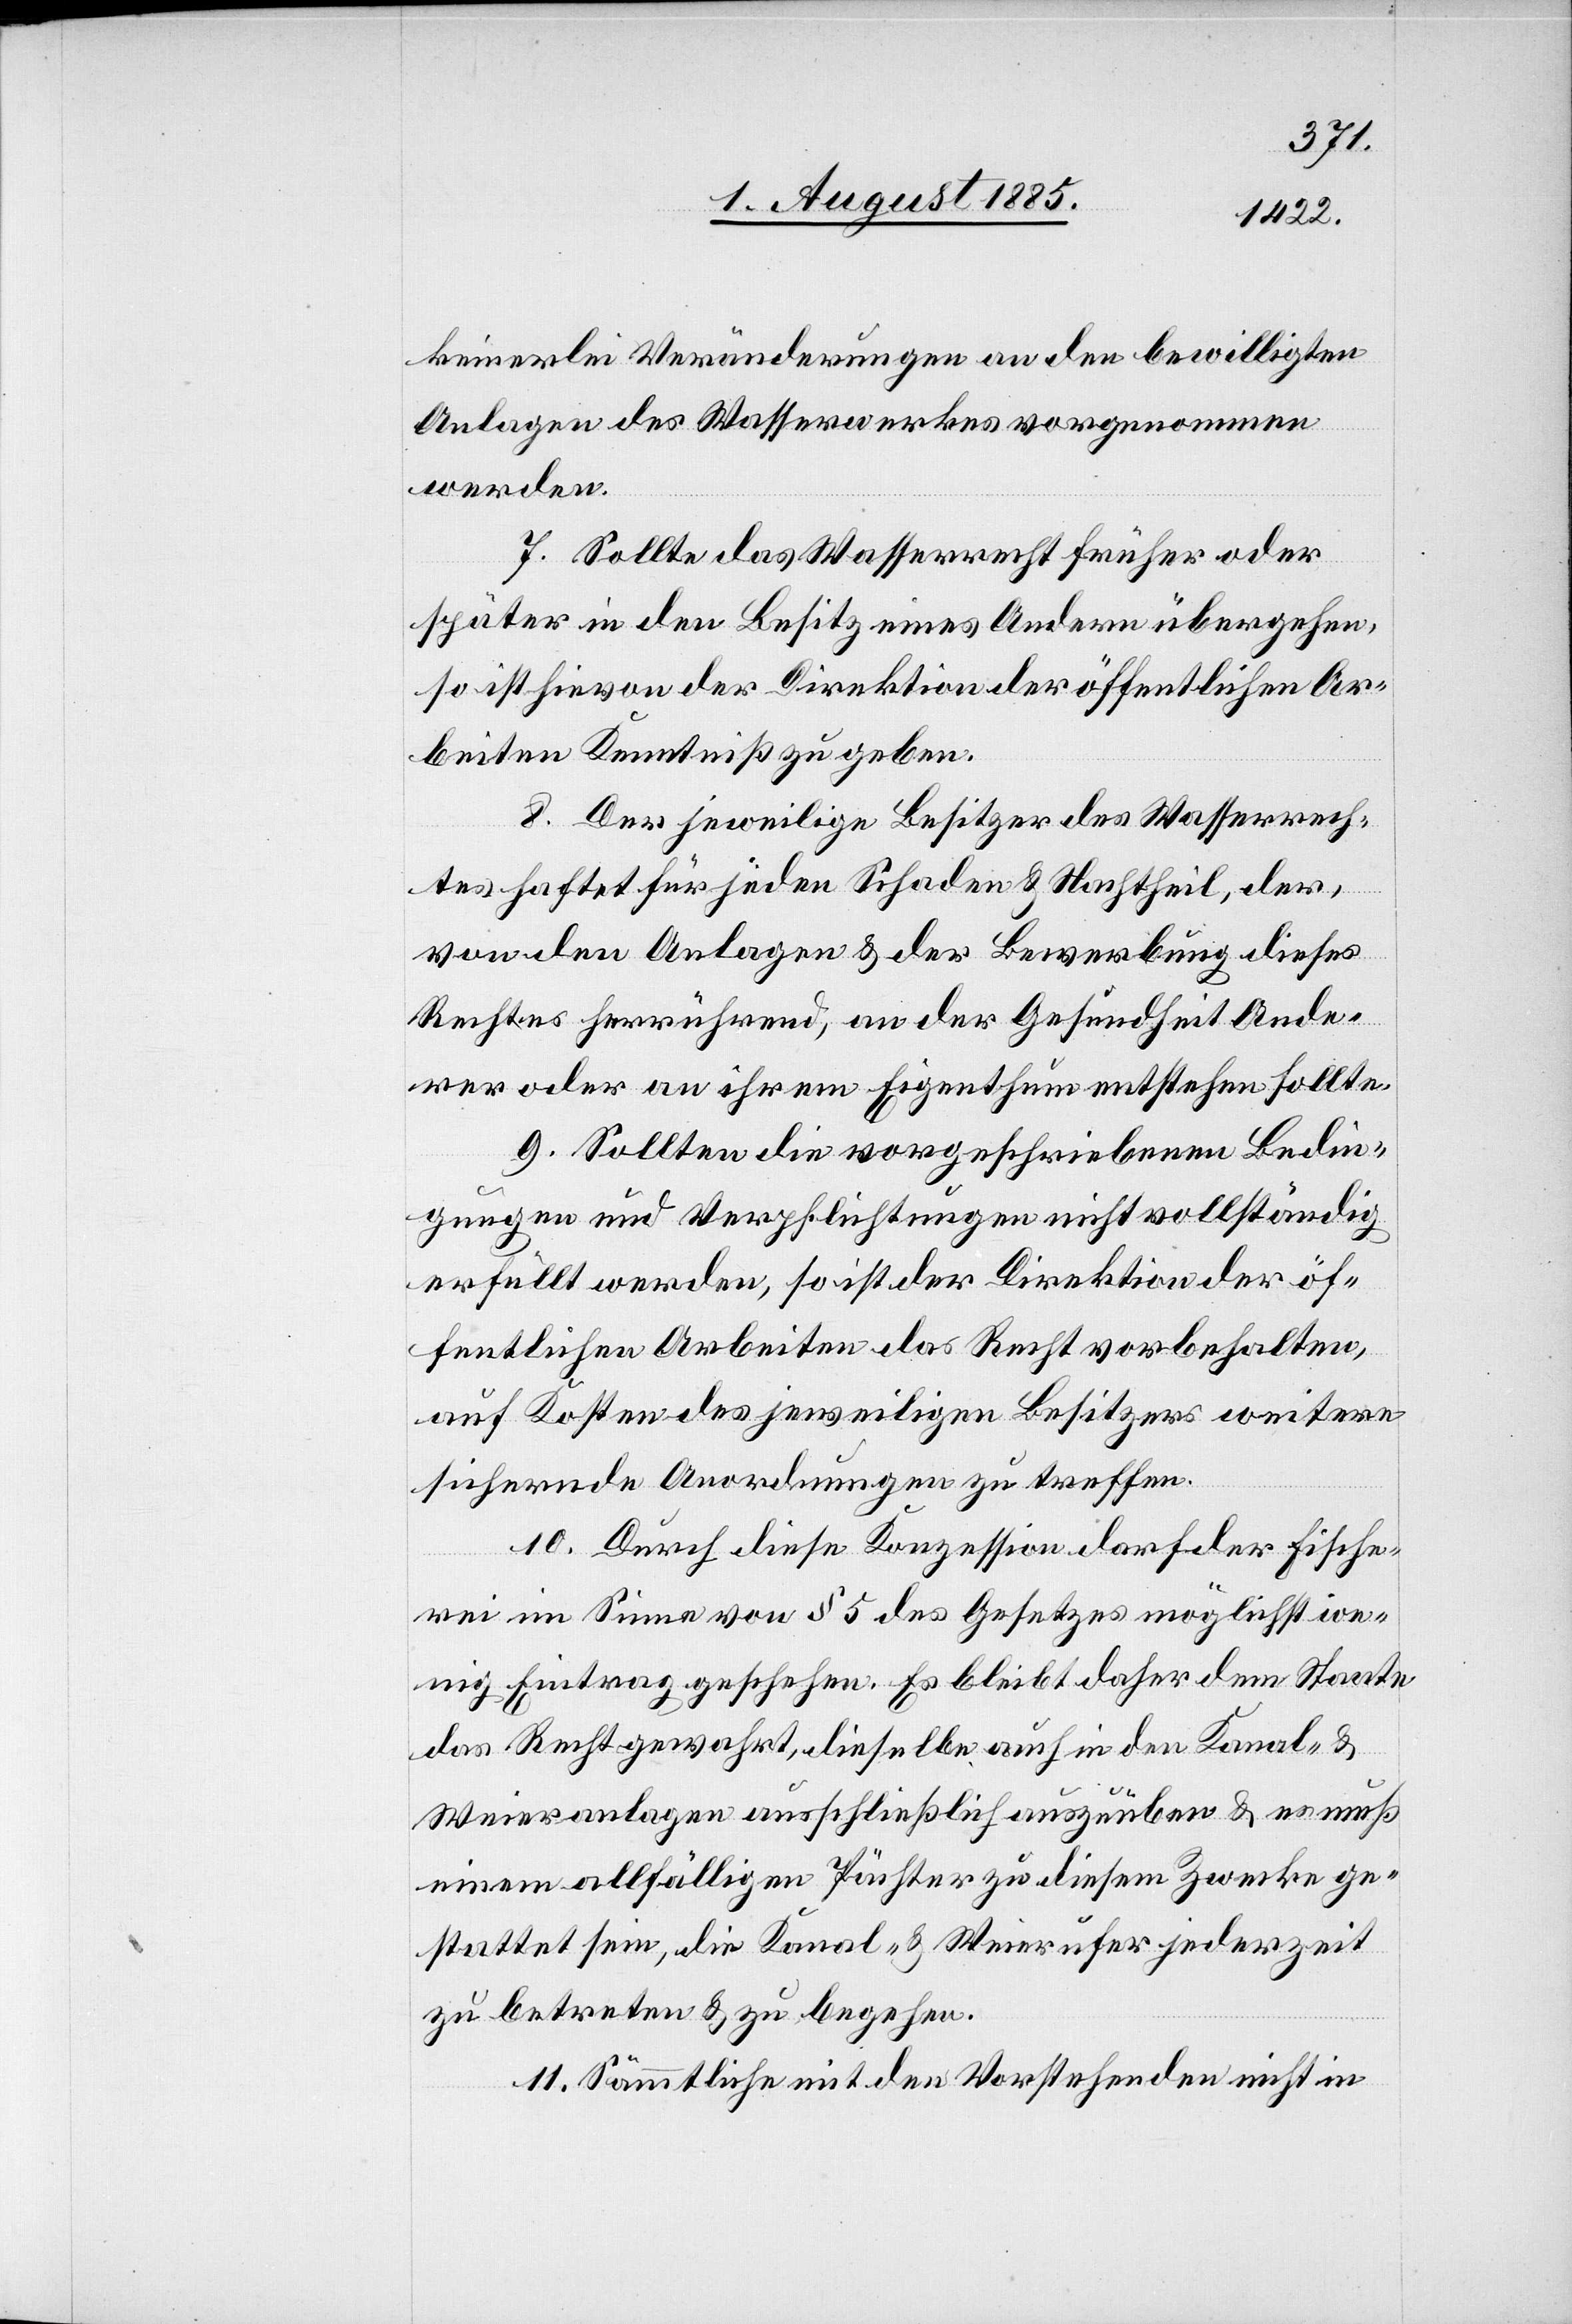
keinerlei Veränderungen an den bewilligten
Anlagen des Wasserwerkes vorgenommen
werden.
7. Sollte das Wasserrecht früher oder
später in den Besitz eines Andern übergehen,
so ist hievon der Direktion der öffentlichen Ar¬
beiten Kenntniß zu geben.
8. Der jeweilige Besitzer des Wasserrech¬
tes haftet für jeden Schaden & Nachtheil, der,
von den Anlagen & der Bewerbung dieses
Rechtes herrührend, an der Gesundheit Ande¬
rer oder an ihrem Eigenthum entstehen sollte.
9. Sollten die vorgeschriebenen Bedin¬
gungen und Verpflichtungen nicht vollständig
erfüllt werden, so ist der Direktion der öf¬
fentlichen Arbeiten das Recht vorbehalten,
auf Kosten des jeweiligen Besitzers weitere
sichernde Anordnungen zu treffen.
10. Durch diese Konzession darf der Fische¬
rei im Sinne von § 5 des Gesetzes möglichst we¬
nig Eintrag geschehen. Es bleibt daher dem Staate
das Recht gewahrt dieselbe auch in den Kanal- &
Weieranlagen ausschließlich auszuüben & es muß
einem allfälligen Pächter zu diesem Zwecke ge¬
stattet sein, die Kanal- & Weierufer jederzeit
zu betreten & zu begehen.
11. Sämmtliche mit den Vorstehenden nicht in